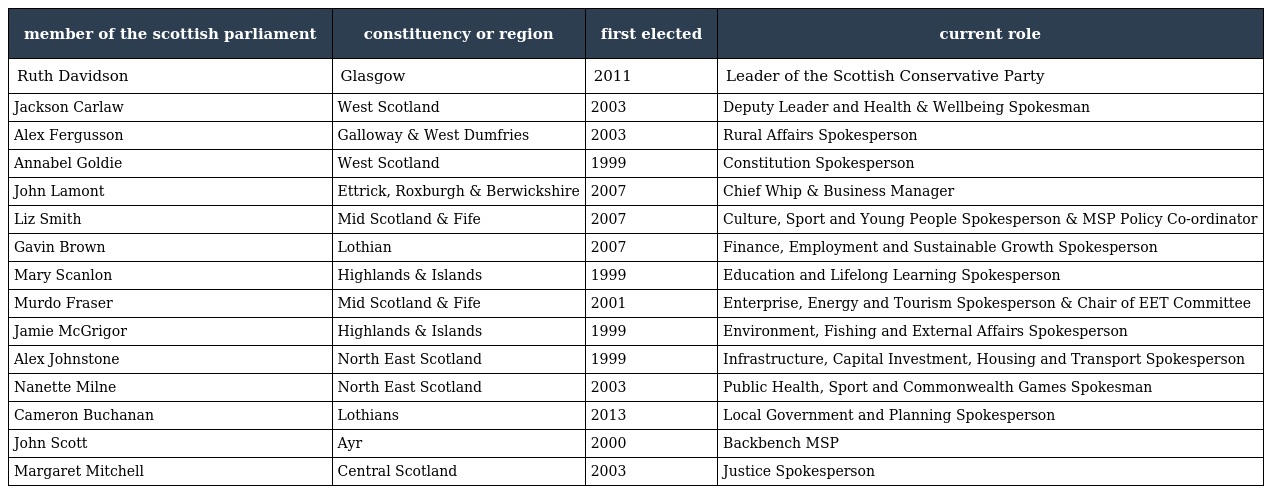
| member of the scottish parliament | constituency or region | first elected | current role |
 | --- | --- | --- | --- |
 | Ruth Davidson | Glasgow | 2011 | Leader of the Scottish Conservative Party |
 | Jackson Carlaw | West Scotland | 2003 | Deputy Leader and Health & Wellbeing Spokesman |
 | Alex Fergusson | Galloway & West Dumfries | 2003 | Rural Affairs Spokesperson |
 | Annabel Goldie | West Scotland | 1999 | Constitution Spokesperson |
 | John Lamont | Ettrick, Roxburgh & Berwickshire | 2007 | Chief Whip & Business Manager |
 | Liz Smith | Mid Scotland & Fife | 2007 | Culture, Sport and Young People Spokesperson & MSP Policy Co-ordinator |
 | Gavin Brown | Lothian | 2007 | Finance, Employment and Sustainable Growth Spokesperson |
 | Mary Scanlon | Highlands & Islands | 1999 | Education and Lifelong Learning Spokesperson |
 | Murdo Fraser | Mid Scotland & Fife | 2001 | Enterprise, Energy and Tourism Spokesperson & Chair of EET Committee |
 | Jamie McGrigor | Highlands & Islands | 1999 | Environment, Fishing and External Affairs Spokesperson |
 | Alex Johnstone | North East Scotland | 1999 | Infrastructure, Capital Investment, Housing and Transport Spokesperson |
 | Nanette Milne | North East Scotland | 2003 | Public Health, Sport and Commonwealth Games Spokesman |
 | Cameron Buchanan | Lothians | 2013 | Local Government and Planning Spokesperson |
 | John Scott | Ayr | 2000 | Backbench MSP |
 | Margaret Mitchell | Central Scotland | 2003 | Justice Spokesperson |